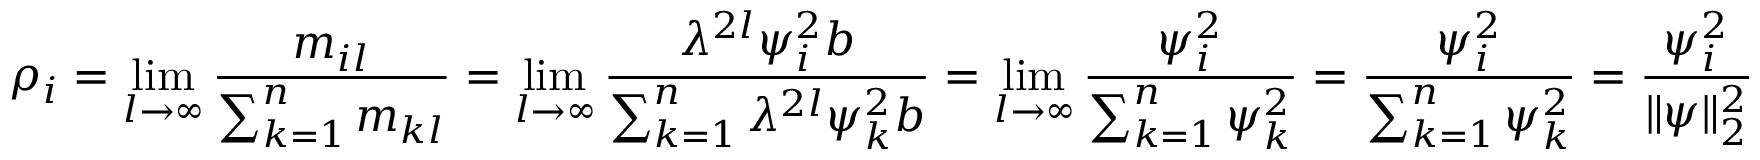
\rho _ { i } = \operatorname* { l i m } _ { l \rightarrow \infty } { \frac { m _ { i l } } { \sum _ { k = 1 } ^ { n } m _ { k l } } } = \operatorname* { l i m } _ { l \rightarrow \infty } { \frac { \lambda ^ { 2 l } \psi _ { i } ^ { 2 } b } { \sum _ { k = 1 } ^ { n } \lambda ^ { 2 l } \psi _ { k } ^ { 2 } b } } = \operatorname* { l i m } _ { l \rightarrow \infty } { \frac { \psi _ { i } ^ { 2 } } { \sum _ { k = 1 } ^ { n } \psi _ { k } ^ { 2 } } } = { \frac { \psi _ { i } ^ { 2 } } { \sum _ { k = 1 } ^ { n } \psi _ { k } ^ { 2 } } } = { \frac { \psi _ { i } ^ { 2 } } { \| \psi \| _ { 2 } ^ { 2 } } }